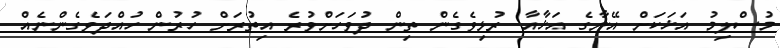
މުސްލިމު އަޚަކަށް އޭނާގެ އަޚާއާ ރުޅިވެގެން ތިން ދުވަހަށްވުރެ އިތުރަށް ހުރުން ހުއްދަވެގެންނެއް